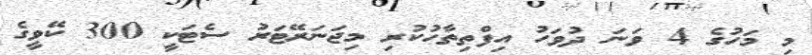
މި މަހުގެ 4 ވަނަ ދުވަހު އިފްތިތާހުކުރި މިޖަނަރޭޓަރު ސެޓަކީ 300 ކޭވީގެ